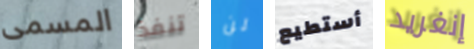
المسمى تنفذ لن أستطيع إنغريد